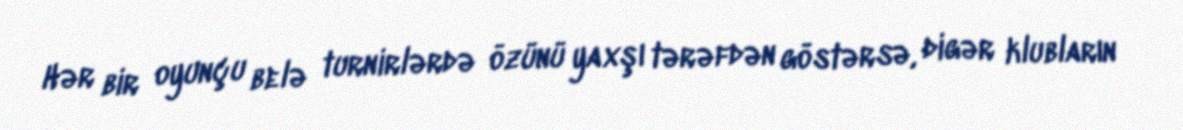
Hər bir oyunçu belə turnirlərdə özünü yaxşı tərəfdən göstərsə, digər klubların